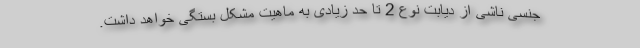
جنسی ناشی از دیابت نوع 2 تا حد زیادی به ماهیت مشکل بستگی خواهد داشت.